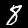
Digit: 8